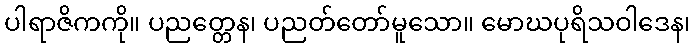
ပါရာဇိကကို။ ပညတ္တေန၊ ပညတ်တော်မူသော။ မောဃပုရိသဝါဒေန၊